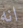
انه